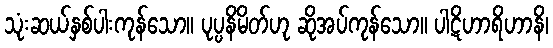
သုံးဆယ်နှစ်ပါးကုန်သော။ ပုပ္ပနိမိတ်ဟု ဆိုအပ်ကုန်သော။ ပါဋိဟာရိဟာနိ၊